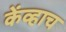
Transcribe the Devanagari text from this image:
केंव्हाच